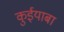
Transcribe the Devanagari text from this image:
कुईयाबा